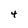
Character: 4